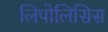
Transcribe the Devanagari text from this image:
लिपोलिसिस